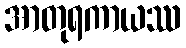
အာတုရကာယဿ